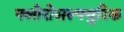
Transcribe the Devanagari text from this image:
फ्लोरोसल्फ्युरिक